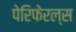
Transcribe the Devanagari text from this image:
पेरिफेरल्स